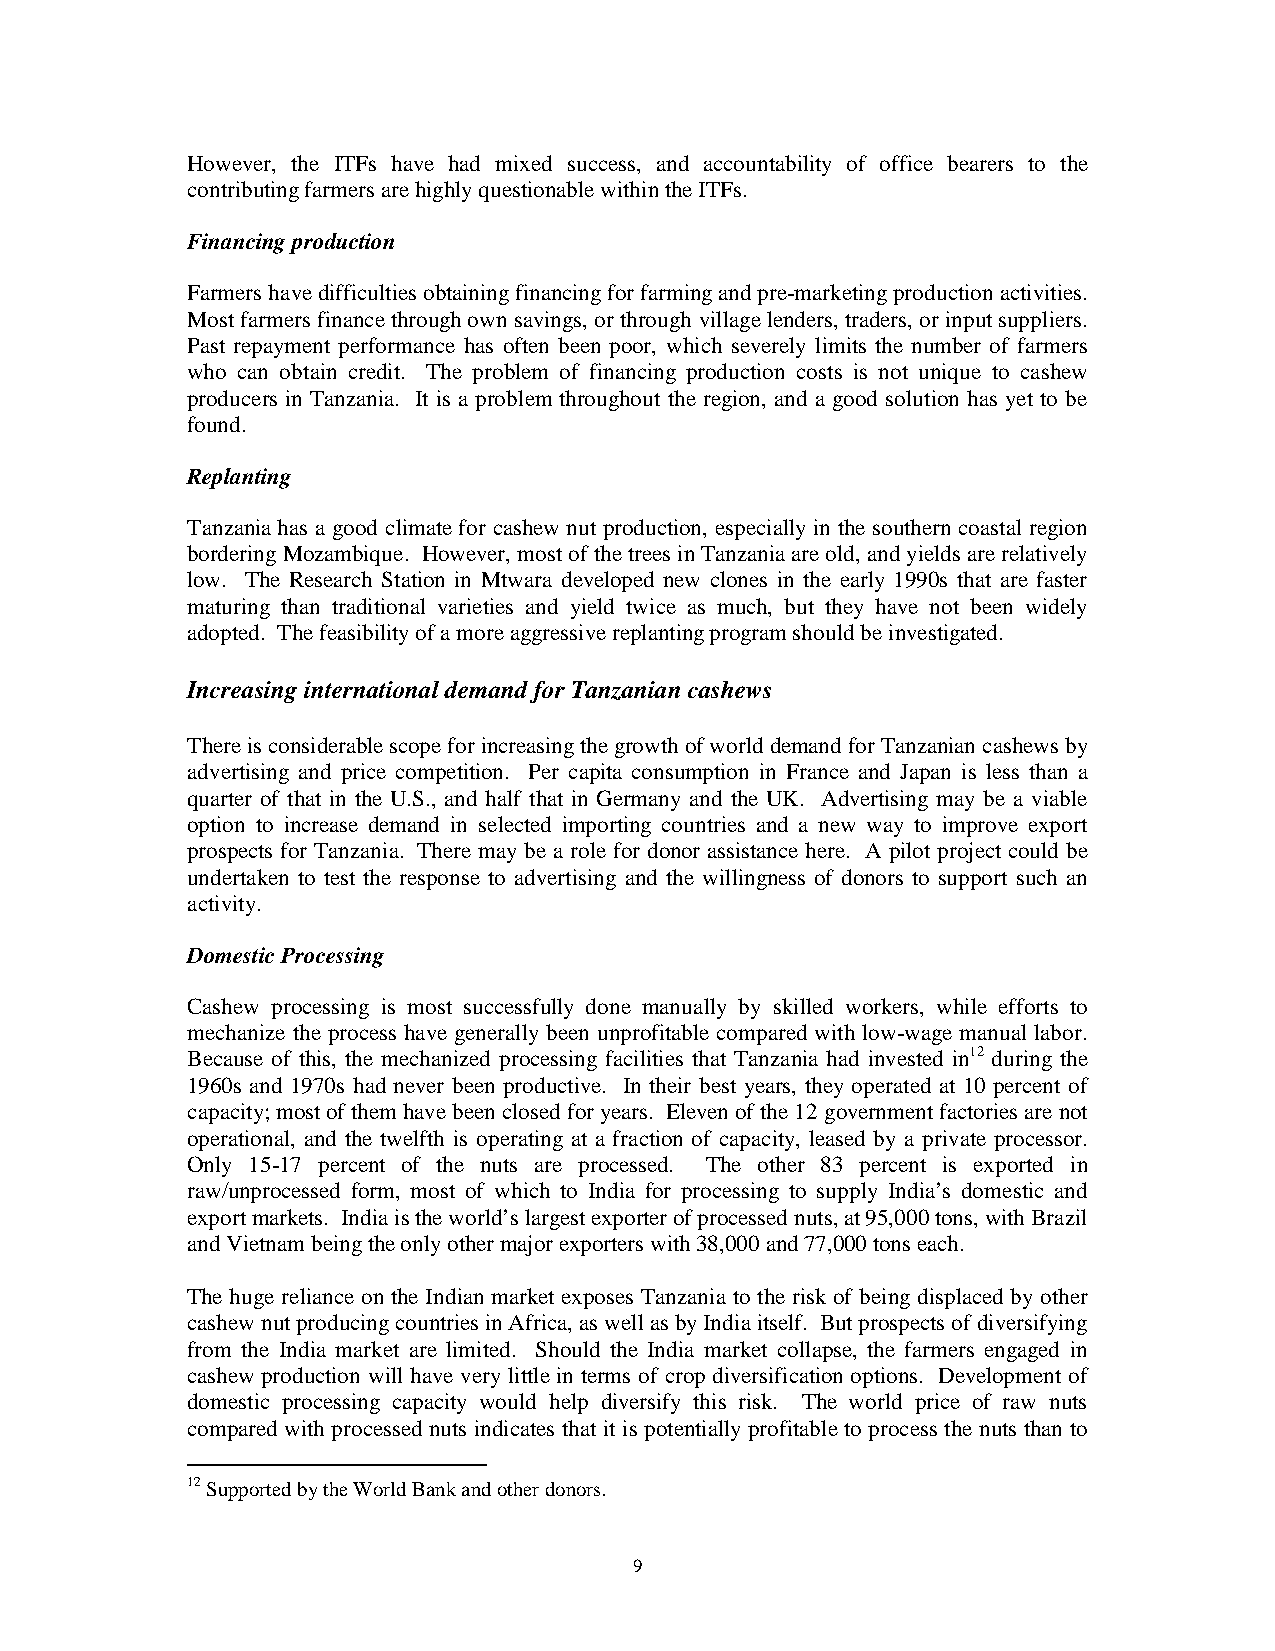
However, the ITFs have had mixed success, and accountability of office bearers to the
 contributing farmers are highly questionable within the ITFs.
 Financing production
 Farmers have difficulties obtaining financing for farming and pre-marketing production activities.
 Most farmers finance through own savings, or through village lenders, traders, or input suppliers.
 Past repayment performance has often been poor, which severely limits the number of farmers
 who can obtain credit. The problem of financing production costs is not unique to cashew
 producers in Tanzania. It is a problem throughout the region, and a good solution has yet to be
 found.
 Replanting
 Tanzania has a good climate for cashew nut production, especially in the southern coastal region
 bordering Mozambique. However, most of the trees in Tanzania are old, and yields are relatively
 low. The Research Station in Mtwara developed new clones in the early 1990s that are faster
 maturing than traditional varieties and yield twice as much, but they have not been widely
 adopted. The feasibility of a more aggressive replanting program should be investigated.
 Increasing international demand for Tanzanian cashews
 There is considerable scope for increasing the growth of world demand for Tanzanian cashews by
 advertising and price competition. Per capita consumption in France and Japan is less than a
 quarter of that in the U.S., and half that in Germany and the UK. Advertising may be a viable
 option to increase demand in selected importing countries and a new way to improve export
 prospects for Tanzania. There may be a role for donor assistance here. A pilot project could be
 undertaken to test the response to advertising and the willingness of donors to support such an
 activity.
 Domestic Processing
 Cashew processing is most successfully done manually by skilled workers, while efforts to
 mechanize the process have generally been unprofitable compared with low-wage manual labor.
 Because of this, the mechanized processing facilities that Tanzania had invested in12 during the
 1960s and 1970s had never been productive. In their best years, they operated at 10 percent of
 capacity; most of them have been closed for years. Eleven of the 12 government factories are not
 operational, and the twelfth is operating at a fraction of capacity, leased by a private processor.
 Only 15-17 percent of the nuts are processed. The other 83 percent is exported in
 raw/unprocessed form, most of which to India for processing to supply India’s domestic and
 export markets. India is the world’s largest exporter of processed nuts, at 95,000 tons, with Brazil
 and Vietnam being the only other major exporters with 38,000 and 77,000 tons each.
 The huge reliance on the Indian market exposes Tanzania to the risk of being displaced by other
 cashew nut producing countries in Africa, as well as by India itself. But prospects of diversifying
 from the India market are limited. Should the India market collapse, the farmers engaged in
 cashew production will have very little in terms of crop diversification options. Development of
 domestic processing capacity would help diversify this risk. The world price of raw nuts
 compared with processed nuts indicates that it is potentially profitable to process the nuts than to
 12 Supported by the World Bank and other donors.
 9